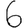
Digit: 6